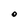
Character: O